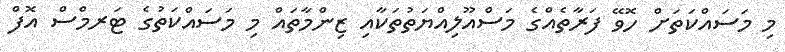
މި މަސައްކަތަށް ހޮވޭ ފަރާތެއްގެ މަސްއޫލިއްޔަތުތަކާއި ޒިންމާތައް މި މަސައްކަތުގެ ޓަރމްސް އޮފް